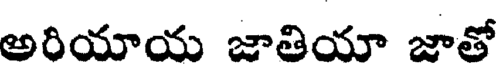
అరియాయ జాతియా జాతో